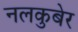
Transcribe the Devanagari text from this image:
नलकुबेर